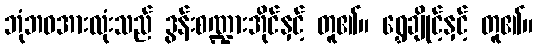
ဘုံဘဝအားလုံးသည် ဒွန်းစဏ္ဍားအိုင်နှင့် တူ၏။ ရွှေချိုင့်နှင့် တူ၏။